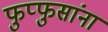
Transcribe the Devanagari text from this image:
फुप्फुसांना